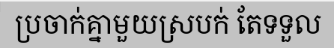
ប្រចាក់គ្នាមួយស្របក់ តែទទួល